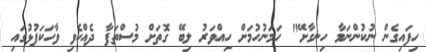
ހިފައިގެން ނުކުންނަމާ ހިނގާށޭ" ހަމަނުހުމަށް ހިއްވަރު ލިބޭ ގޮތަށް މުސްތަފާ ދެއްކެވި ވާހަކަފުޅުގައި